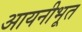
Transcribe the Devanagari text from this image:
आयनीभूत